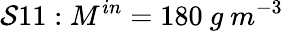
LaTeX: \mathcal{S}11:M^{in}=180\ g\ m^{-3}